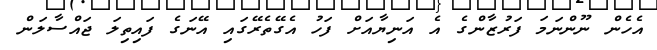
އެހެން ނޫންނަމަ ފަރުޒާންގެ އެ އަނިޔާއަށް ފަހު އެގޭތެރޭގައި އޭނަގެ ފައިތިލަ ޖައްސާލަން